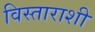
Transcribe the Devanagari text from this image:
विस्ताराशी